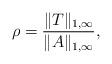
LaTeX: \begin{align*} \rho = \frac{\|T\|_{1,\infty}}{\|A\|_{1,\infty}},\end{align*}